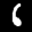
Label: 6